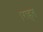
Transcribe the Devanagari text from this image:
।राहत